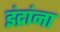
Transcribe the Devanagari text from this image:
इंद्रांना